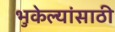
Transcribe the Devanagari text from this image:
भुकेल्यांसाठी